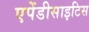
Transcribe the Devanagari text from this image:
एपेंडीसाइटिस